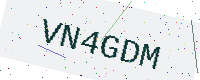
Text: VN4GDM